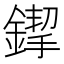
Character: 䤿